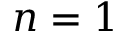
n = 1